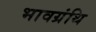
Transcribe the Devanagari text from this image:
भावग्रंथि